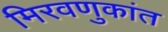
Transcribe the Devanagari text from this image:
मिरवणुकांत